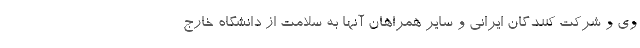
وی و شرکت کنندگان ایرانی و سایر همراهان آنها به سلامت از دانشگاه خارج